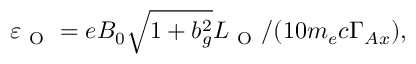
\begin{array} { r } { \varepsilon _ { \mathrm { ~ O ~ } } = e B _ { 0 } \sqrt { 1 + b _ { g } ^ { 2 } } L _ { \mathrm { ~ O ~ } } / ( 1 0 m _ { e } c \Gamma _ { A x } ) , } \end{array}